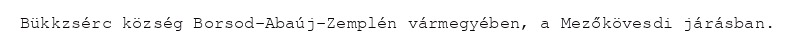
Bükkzsérc község Borsod-Abaúj-Zemplén vármegyében, a Mezőkövesdi járásban.